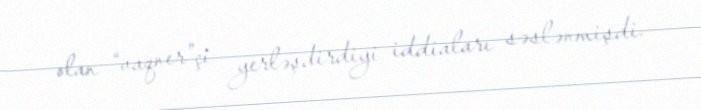
olan “vaqner”çi yerləşdirdiyi iddiaları səslənmişdi.